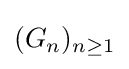
(G_{n})_{n\geq 1}